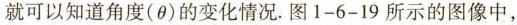
就可以知道角度(θ)的变化情况。图1-6-19所示的图像中，